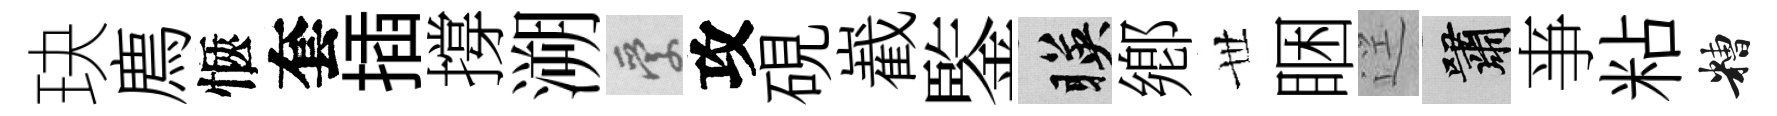
玦廌愜套插撐溯愛攻硯嶻鍳暎鄕𠀍睏逕嘯亊粘糟